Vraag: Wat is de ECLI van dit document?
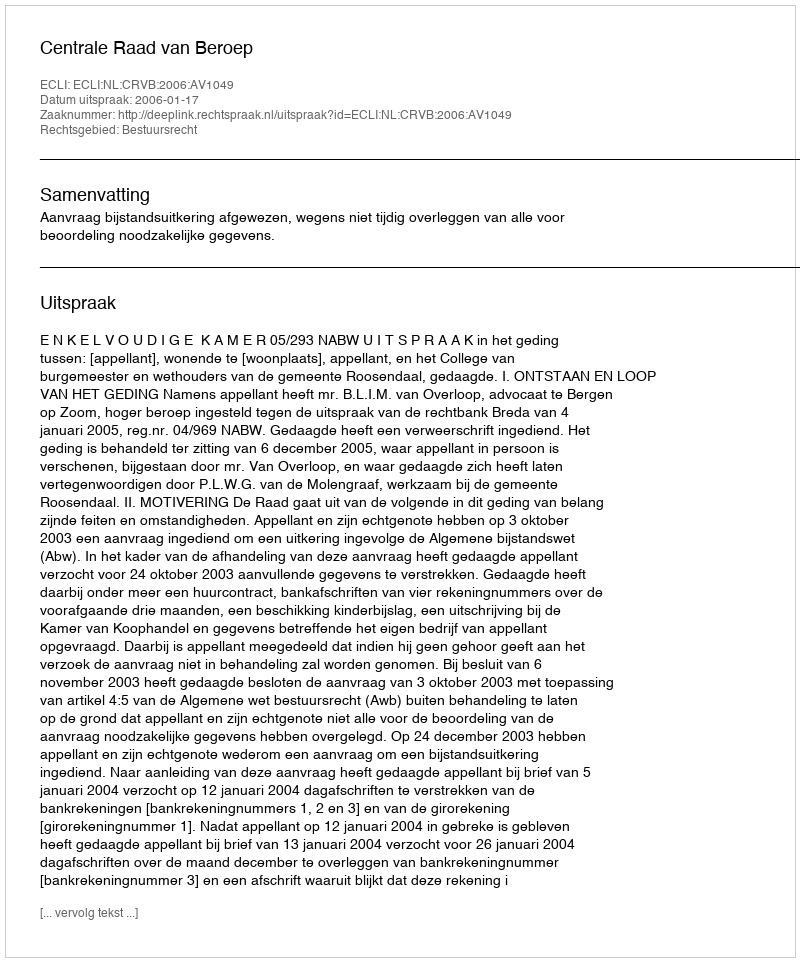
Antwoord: ECLI:NL:CRVB:2006:AV1049